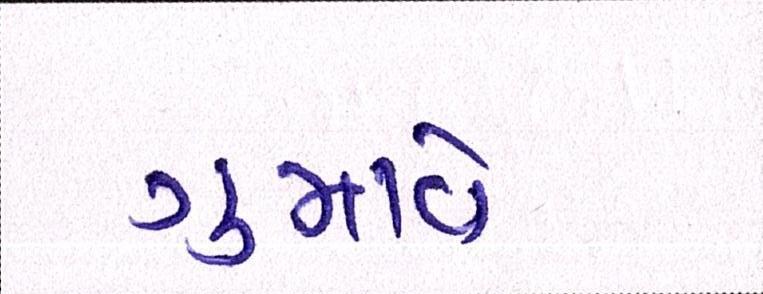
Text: ગુમાવે